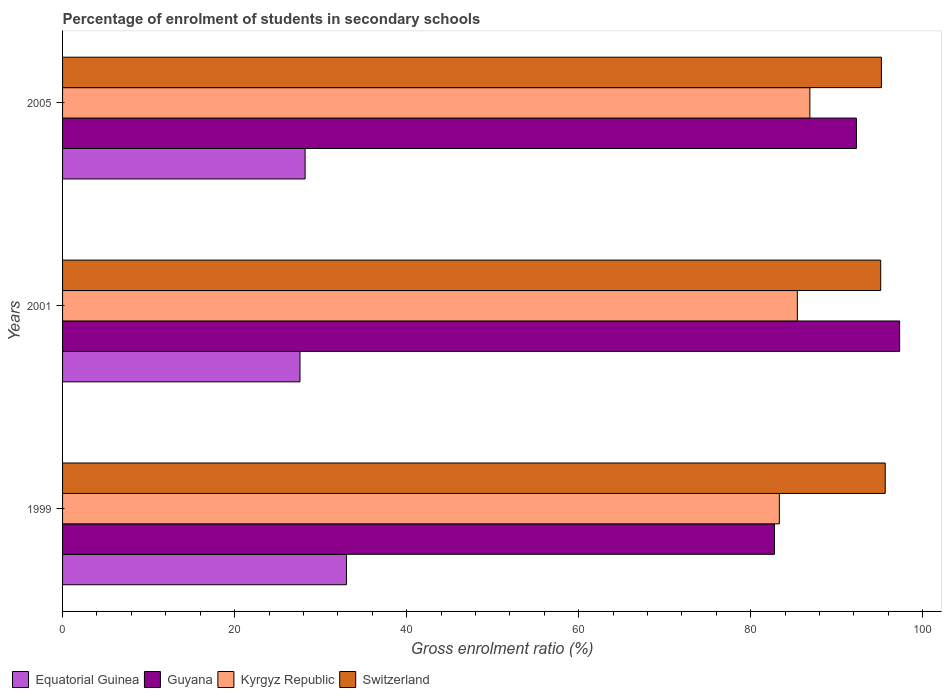
| Years | Equatorial Guinea | Guyana | Kyrgyz Republic | Switzerland |
 | --- | --- | --- | --- | --- |
 | 1999 | 33 | 82.8 | 83.3 | 95.6 |
 | 2001 | 27.6 | 97.3 | 85.4 | 95.1 |
 | 2005 | 28.2 | 92.3 | 86.9 | 95.2 |